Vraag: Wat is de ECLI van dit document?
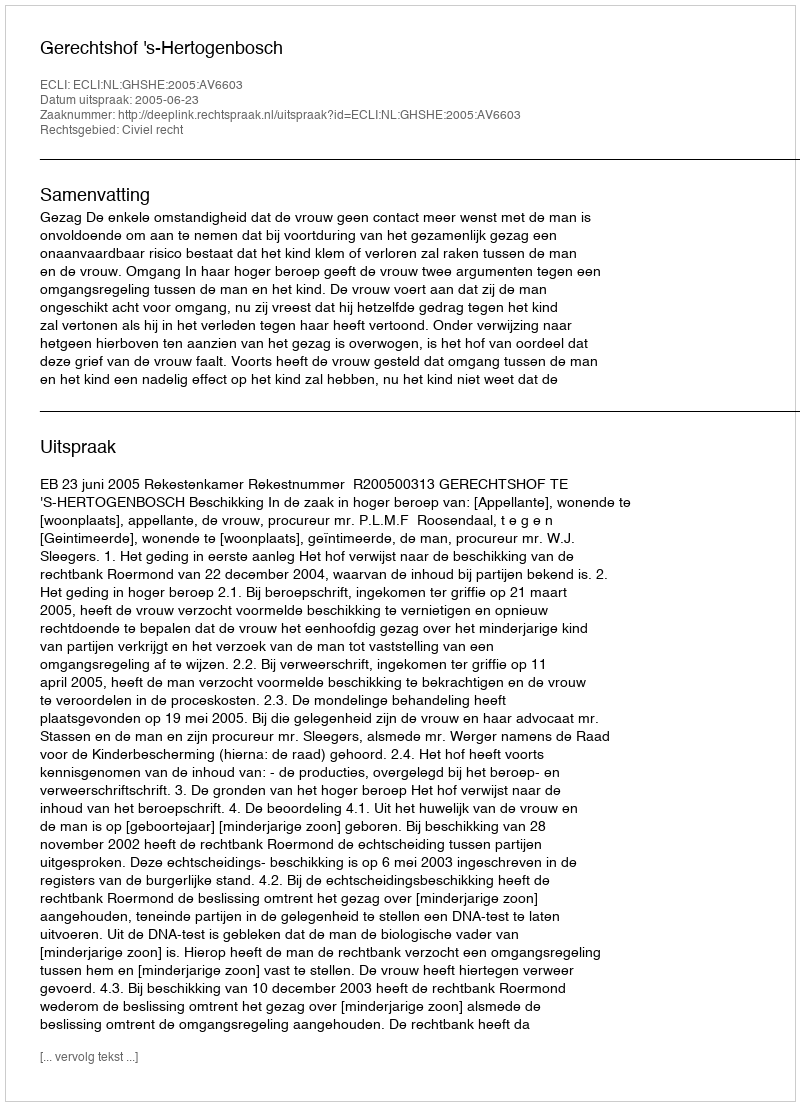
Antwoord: ECLI:NL:GHSHE:2005:AV6603